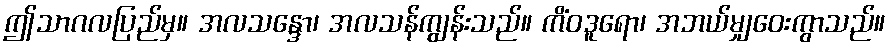
ဤသာဂလပြည်မှ။ အလသန္ဒော၊ အလသန်ကျွန်းသည်။ ကိံဝဒူရော၊ အဘယ်မျှဝေးကွာသည်။